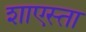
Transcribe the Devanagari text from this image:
शाएस्ता